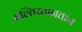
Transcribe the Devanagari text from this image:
बल्तिस्तानतान